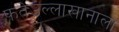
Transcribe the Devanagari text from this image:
फतेउल्लाखानाला